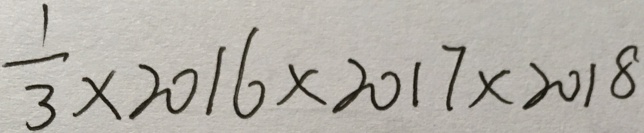
\frac { 1 } { 3 } \times 2 0 1 6 \times 2 0 1 7 \times 2 0 1 8